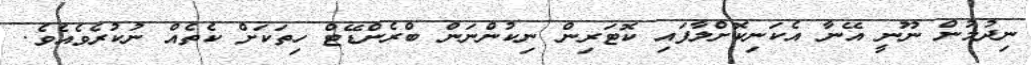
ނިދުމުން ނޫނީ އޭނާ އެކަނިކޮށްލާފައި ކޮޓަރިން ނިކުންނަން ބްރެންޑޭޓް ހިތަކަށް ކެތެއް ނުކުރެވެއެވެ.